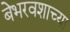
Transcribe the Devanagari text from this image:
बेभरवशाच्या